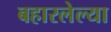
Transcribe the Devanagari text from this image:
बहारलेल्या